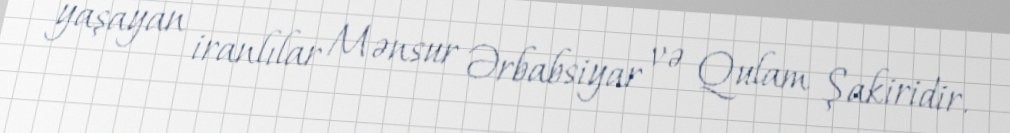
yaşayan iranlılar Mənsur Ərbabsiyar və Qulam Şakiridir.